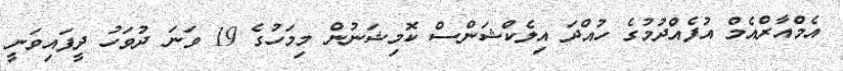
އެމްއާރްއެމް އުފެއްދުމުގެ ހުއްދަ އިލެކްޝަންސް ކޮމިޝަނުން މިމަހުގެ 19 ވަނަ ދުވަހު ދީފައިވަނީ